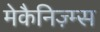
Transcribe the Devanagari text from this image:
मेकैनिज़्म्स